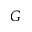
G